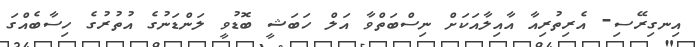
އިނގިރޭސި- އެރިތުރިއާ އާއިލާއަކަށް ނިސްބަތްވާ އަލް ހަބަޝީ ބޮޑުވީ ލަންޑަނުގެ އުތުރުގެ ހިސާބެއްގަ